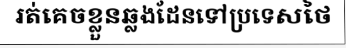
រត់គេចខ្លួនឆ្លងដែនទៅប្រទេសថៃ